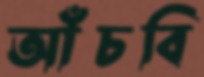
আঁচবি